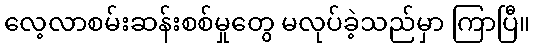
လေ့လာစမ်းဆန်းစစ်မှုတွေ မလုပ်ခဲ့သည်မှာ ကြာပြီ။